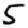
Digit: 5